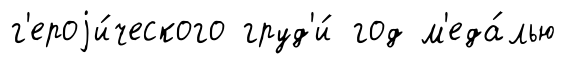
г'ероjи́ческого груд'и́ год м'еда́лью